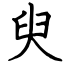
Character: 臾